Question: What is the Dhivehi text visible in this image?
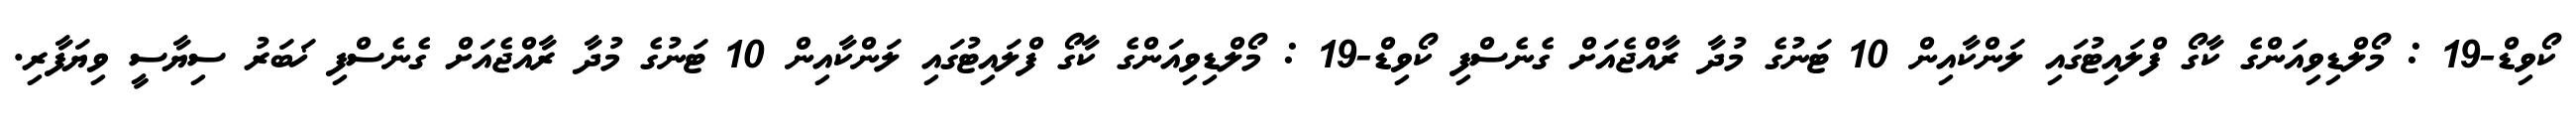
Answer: ކޯވިޑް-19 : މޯލްޑިވިއަންގެ ކާގޯ ފްލައިޓުގައި ލަންކާއިން 10 ޓަނުގެ މުދާ ރާއްޖެއަށް ގެނެސްފި ކޯވިޑް-19 : މޯލްޑިވިއަންގެ ކާގޯ ފްލައިޓުގައި ލަންކާއިން 10 ޓަނުގެ މުދާ ރާއްޖެއަށް ގެނެސްފި ޚަބަރު ސިޔާސީ ވިޔަފާރި.